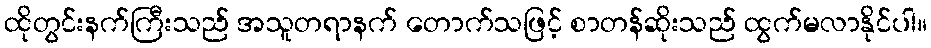
ထိုတွင်းနက်ကြီးသည် အသူတရာနက် တောက်သဖြင့် စာတန်ဆိုးသည် ထွက်မလာနိုင်ပါ။